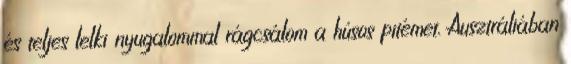
és teljes lelki nyugalommal rágcsálom a húsos pitémet. Ausztráliában